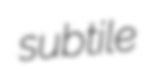
subtile